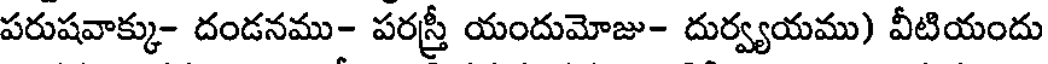
పరుషవాక్కు- దండనము- పరస్త్రీ యందుమోజు- దుర్వ్యయము) వీటియందు